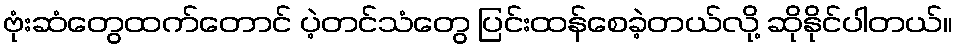
ဗုံးဆံတွေထက်တောင် ပဲ့တင်သံတွေ ပြင်းထန်စေခဲ့တယ်လို့ ဆိုနိုင်ပါတယ်။